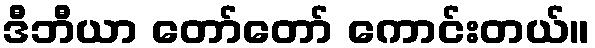
ဒီဘီယာ တော်တော် ကောင်းတယ်။